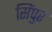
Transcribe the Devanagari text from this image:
सिंपुर